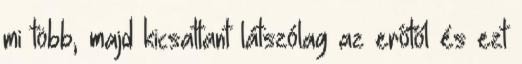
mi több, majd kicsattant látszólag az erőtől és ezt